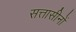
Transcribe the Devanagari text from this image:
सत्तासीनों